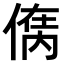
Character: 𠋮